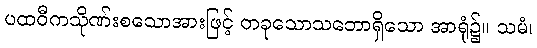
ပထဝီကသိုဏ်းစသောအားဖြင့် တခုသောသဘောရှိသော အာရုံ၌။ သမံ၊